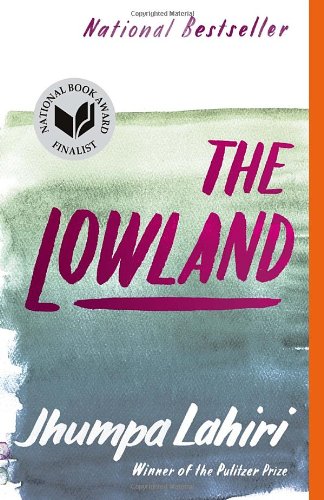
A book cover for The Lowland (Vintage Contemporaries); Jhumpa Lahiri; Literature & Fiction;